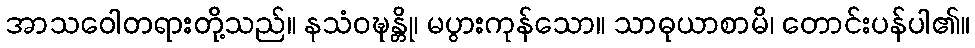
အာသဝေါတရားတို့သည်။ နသံဝဍ္ဎန္တို၊ မပွားကုန်သော။ သာဓုယာစာမိ၊ တောင်းပန်ပါ၏။